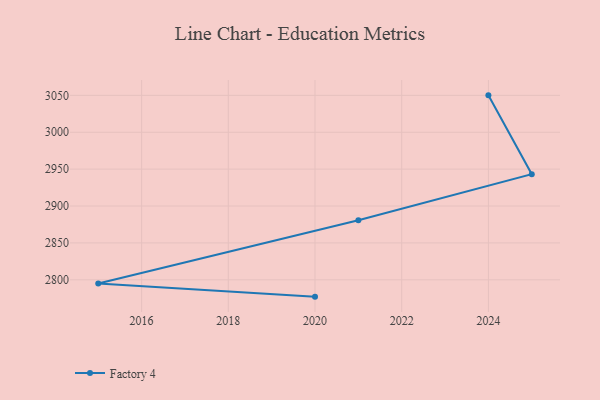
{"axis": {"x": "Year", "y": "LTV (USD)"}, "legend": ["Factory 4"], "data": [{"x": "2024", "y": 3050.0, "type": "Factory 4"}, {"x": "2025", "y": 2943.1, "type": "Factory 4"}, {"x": "2021", "y": 2880.8, "type": "Factory 4"}, {"x": "2015", "y": 2795.0, "type": "Factory 4"}, {"x": "2020", "y": 2777.2, "type": "Factory 4"}]}